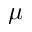
\mu